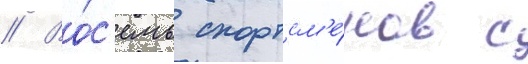
// Во́с'емь спортсм'е́нов с